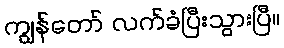
ကျွန်တော် လက်ခံပြီးသွားပြီ။